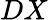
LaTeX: DX